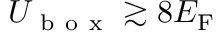
U _ { \mathrm { ~ b ~ o ~ x ~ } } \gtrsim 8 E _ { \mathrm { F } }